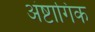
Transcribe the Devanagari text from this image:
अंष्टागिक